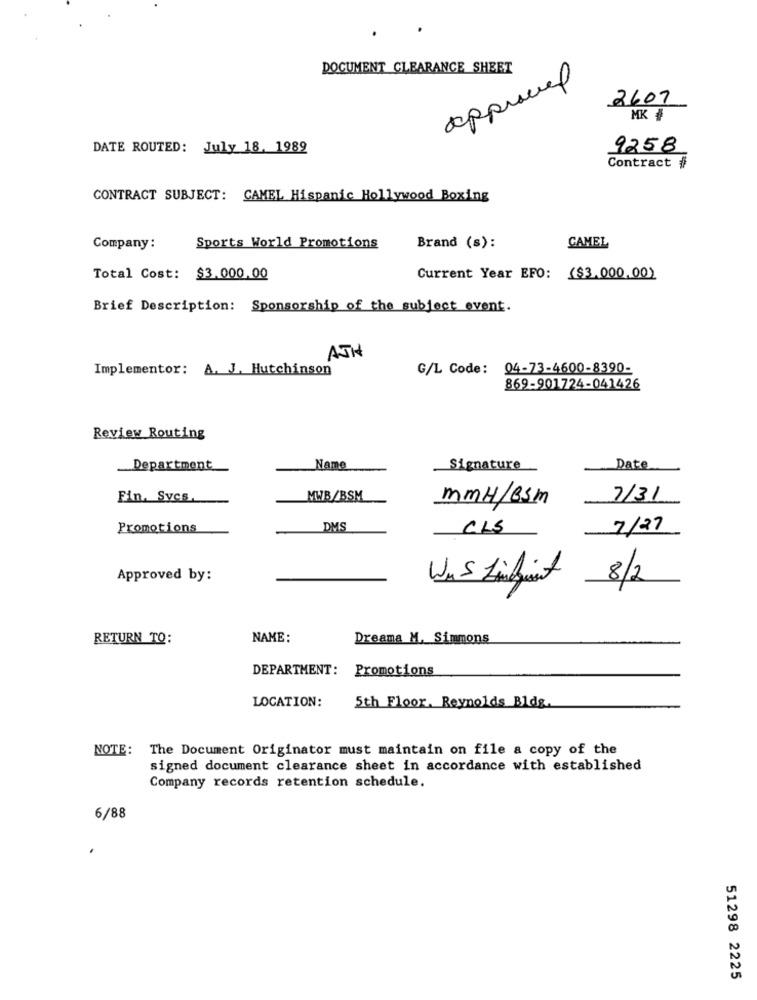
DOCUMENT CLEARANCE SHEET
approved
2607
MK #
DATE ROUTED: July 18. 1989
9258
Contract #
CONTRACT SUBJECT: CAMEL Hispanic Hollywood Boxing
CAMEL
Company :
Sports World Promotions
Brand (s):
Total Cost: $3.000.00
Current Year EFO: ($3.000.00)
Brief Description: Sponsorship of the subject event.
AJH
Implementor: A. J. Hutchinson
G/L Code: 04-73-4600-8390-
869-901724-041426
Review Routing
Department
Name
_Signature
Date
Fin, Svcs.
MWB/BSM
7/31
mmH/BSM
Promotions
DMS
CLS
7/27
Approved by:
8/2
RETURN TO:
NAME:
Dreama M. Simmons
DEPARTMENT:
Promotions
LOCATION:
5th Floor. Reynolds Bldg
NOTE: The Document Originator must maintain on file a copy of the
signed document clearance sheet in accordance with established
Company records retention schedule.
6/88
.
51298 2225